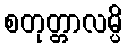
စတုတ္တာလမ္ပိ